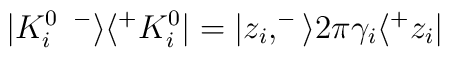
|K_i^{0\enspace-}\rangle\langle^+K^{0}_i|=|z_i,^-\rangle2\pi\gamma_i\langle^+z_i|